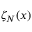
\zeta _ { N } ( x )